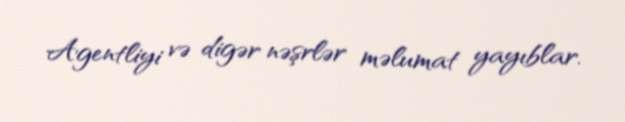
Agentliyi və digər nəşrlər məlumat yayıblar.